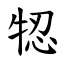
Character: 㸾